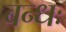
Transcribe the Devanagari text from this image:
बन्धः